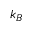
k _ { B }